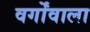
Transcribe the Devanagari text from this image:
वर्गोंवाला